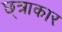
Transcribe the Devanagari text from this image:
छ्त्राकार